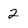
Character: 2